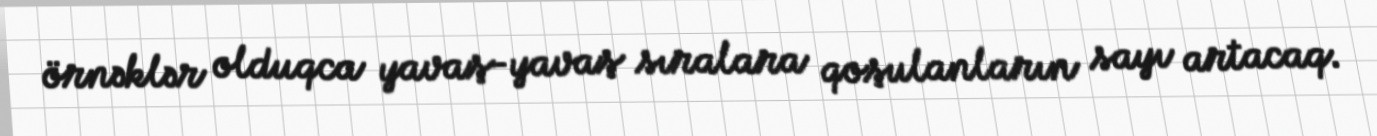
örnəklər olduqca yavaş-yavaş sıralara qoşulanların sayı artacaq.